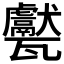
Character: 𱰕